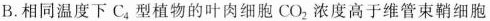
B.相同温度下C_{4}型植物的叶肉细胞CO_{2}浓度高于维管束鞘细胞